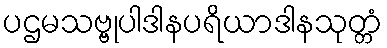
ပဌမသဗ္ဗုပါဒါနပရိယာဒါနသုတ္တံ